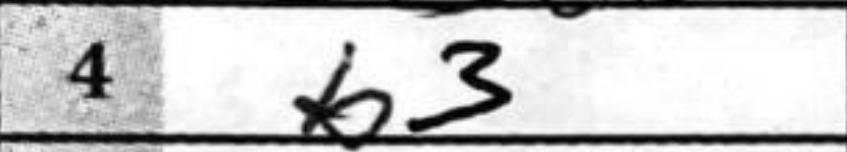
Transcription: b3